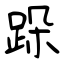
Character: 跺